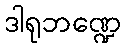
ဒါရုဘဏ္ဍေ